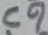
Text: C9